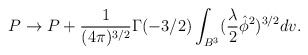
\begin{align*}P \rightarrow P+\frac{1}{ (4\pi) ^{3/2}} \Gamma(-3/2)\int_{B^{3}}(\frac{\lambda}{2}\hat{\phi}^{2}) ^{3/2}dv.\end{align*}